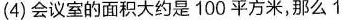
(4)会议室的面积大约是100平方米，那么1